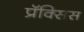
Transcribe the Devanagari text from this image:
प्रॅक्सिस